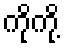
ကိုကို့